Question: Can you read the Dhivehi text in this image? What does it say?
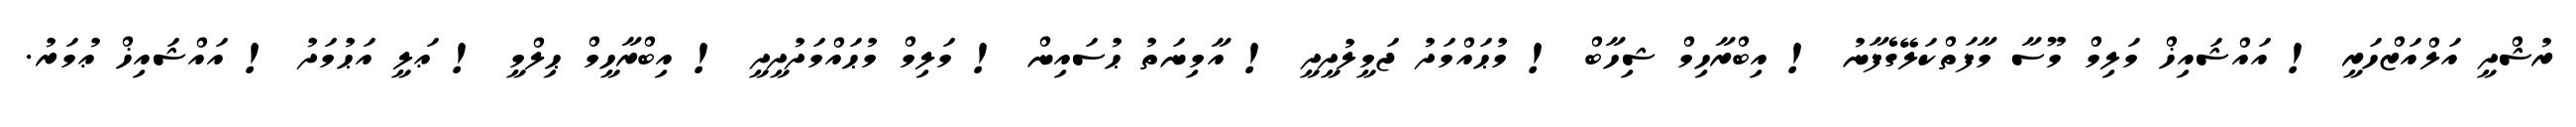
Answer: ރުޝްދީ އަލްއަޒްހަރީ ! އައްޝައިޚް މަލިމް މޫސާ މާފަތްކަލޭގެފާނު ! އިބްރާހިމް ޝިހާބް ! މުޙައްމަދު ޖަމީލުދީދީ ! އާމިނަތު ޙުސައިން ! މަލިމް މުޙައްމަދުދީދީ ! އިބްރާހީމް ޙިލްމީ ! ޢަލީ އަޙުމަދު ! އައްޝައިޚް ޢުމަރު.